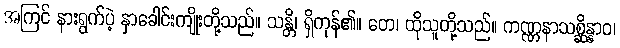
အကြင် နားရွက်ပဲ့ နှာခေါင်းကျိုးတို့သည်။ သန္တိ၊ ရှိကုန်၏။ တေ၊ ထိုသူတို့သည်။ ကဏ္ဏနာသစ္ဆိန္နာဝ၊